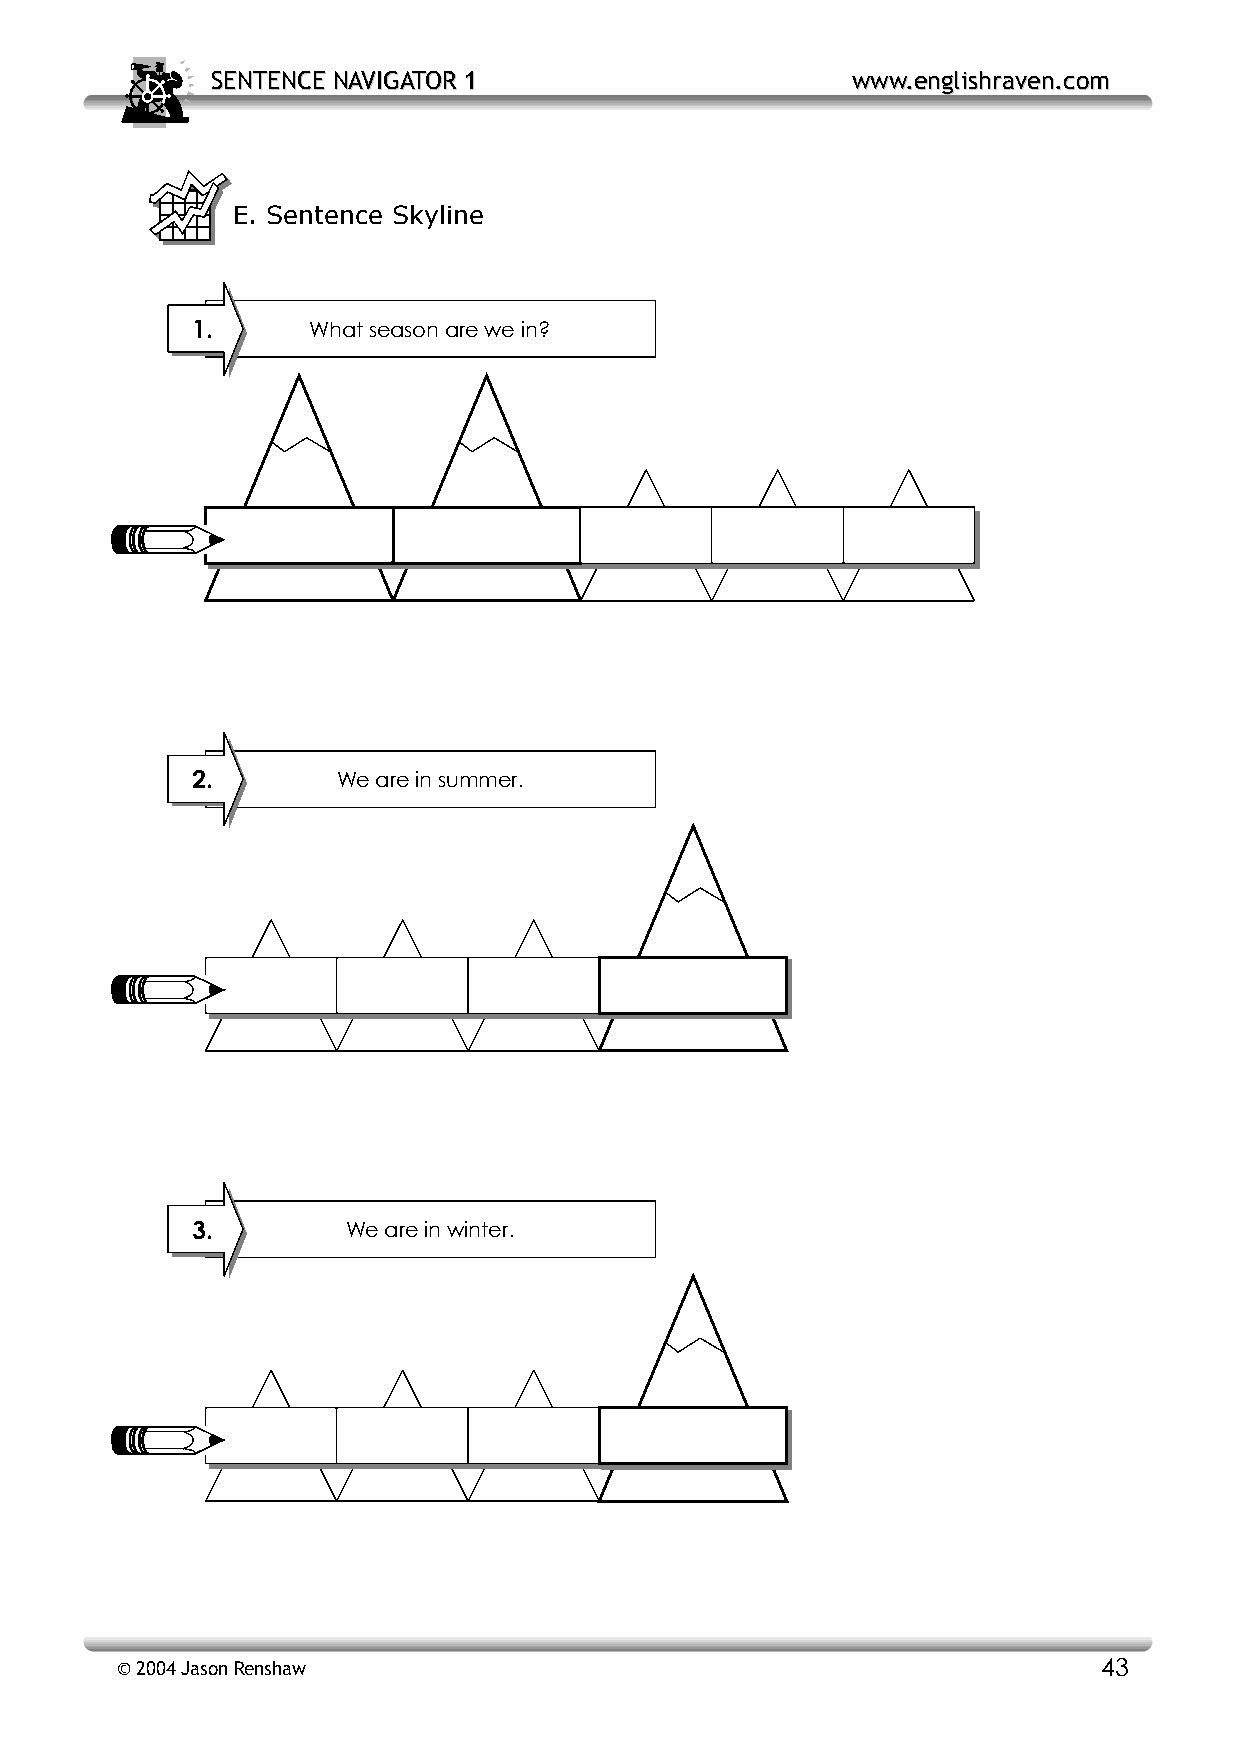
SSEENNTTEENNCCEE NNAAVVIIGGAATTOORR 11    wwwwww..eenngglliisshhrraavveenn..ccoomm
 E. Sentence Skyline
 1.     What season are we in?
 2.       We are in summer.
 3.        We are in winter.
 © 2004 Jason Renshaw                                             43